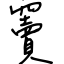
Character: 竇